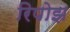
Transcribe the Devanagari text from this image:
रिपोझ